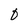
Character: 0